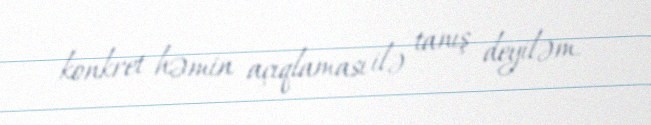
konkret həmin açıqlaması ilə tanış deyiləm.